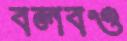
বলবও